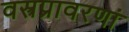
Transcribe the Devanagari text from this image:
वस्त्रप्रावरणां